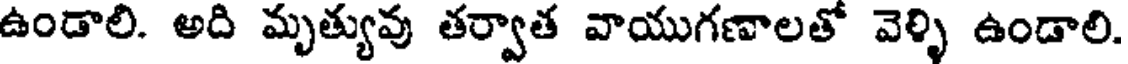
ఉండాలి. అది మృత్యువు తర్వాత వాయుగణాలతో వెళ్ళి ఉండాలి.